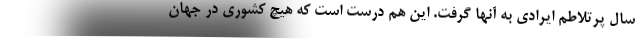
سال پرتلاطم ایرادی به آنها گرفت. این هم درست است که هیچ کشوری در جهان